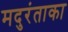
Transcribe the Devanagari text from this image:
मदुरंताका